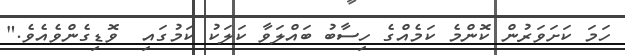
ހަމަ ކަށަވަރުން ކޮންމެ ކަމެއްގެ ހިސާބު ބައްލަވާ ކަލަކު ކަމުގައި  ވޮޑިގެންވެއެވެ."